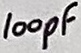
Text: 100pF